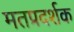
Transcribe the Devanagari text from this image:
मतप्रदर्शक